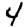
Digit: 4